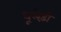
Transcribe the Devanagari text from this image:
धूलेंड़ी